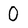
Character: 0